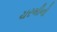
ચરબીનો